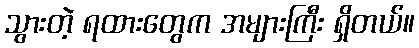
သွားတဲ့ ရထားတွေက အများကြီး ရှိတယ်။